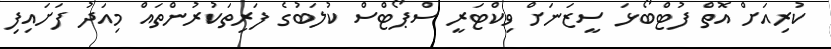
ކުރިއަށް އޮތް ފުޓްބޯޅަ ސީޒަނަށް ވިކްޓަރީ ސްޕޯޓްސް ކުލަބުގެ ފަރިތަކުރުންތައް މިއަދު ފަށައިފި